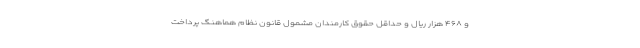
و ۴۶۸ هزار ریال و حداقل حقوق کارمندان مشمول قانون نظام هماهنگ پرداخت